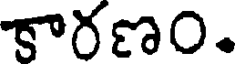
కారణం.